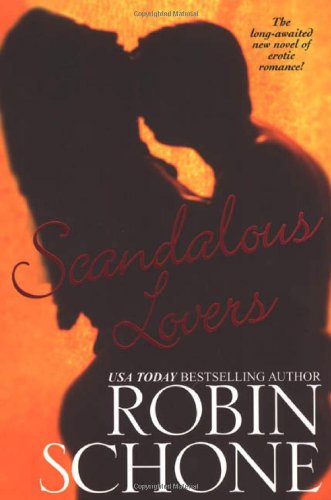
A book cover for Scandalous Lovers; Robin Schone; Romance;